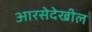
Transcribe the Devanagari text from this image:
आरसेदेखील